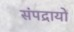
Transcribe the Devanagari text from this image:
संपद्रायों